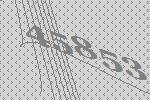
45853